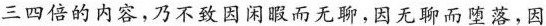
三四倍的内容，乃不致因闲暇而无聊，因无聊而堕落，因